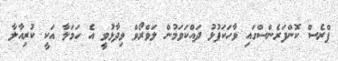
ޕްރެސް ކޮންފަރެންސްގައި ވާހަކަފުޅު ދައްކަވަމުން ލަވްރޯވް ވިދާޅުވީ އެ ހަމަލާ އަކީ ކުރިއާލާ